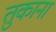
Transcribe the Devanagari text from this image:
तुकाना